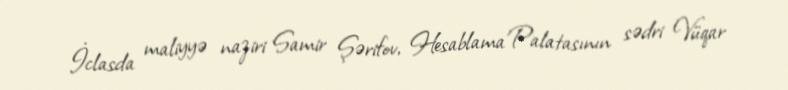
İclasda maliyyə naziri Samir Şərifov, Hesablama Palatasının sədri Vüqar